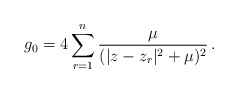
\begin{align*}g_0= 4\sum_{r=1}^n {\mu \over (|z-z_r|^2+\mu)^2} \, .\end{align*}